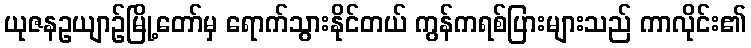
ယုဇနဥယျာဉ်မြို့တော်မှ ရောက်သွားနိုင်တယ် ကွန်ကရစ်ပြားများသည် ကာလိုင်း၏